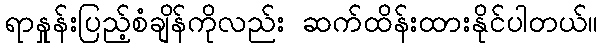
ရာနှုန်းပြည့်စံချိန်ကိုလည်း ဆက်ထိန်းထားနိုင်ပါတယ်။